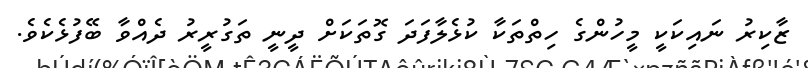
ޒާކިރު ނައިކަކީ މީހުންގެ ހިތްތަކާ ކުޅެލާފަދަ ގޮތަކަށް ދީނީ ތަގުރީރު ދެއްވާ ބޭފުޅެކެވެ.